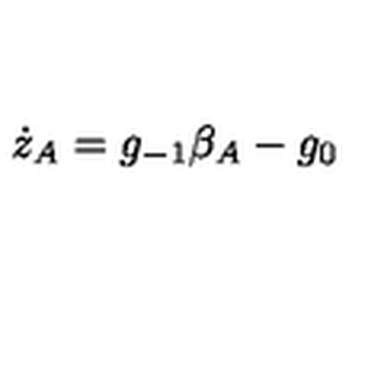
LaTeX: \dot { z } _ { A } = g _ { - 1 } \beta _ { A } - g _ { 0 }